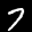
Label: 7